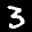
Label: 3